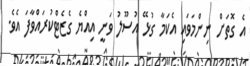
އެ ގޮތަށް ނިންމަވައި އެކަމާ ގުޅޭ އުސޫލު ވަނީ އިއްޔެ ގެޒެޓްކުރައްވާފަ އެވެ.